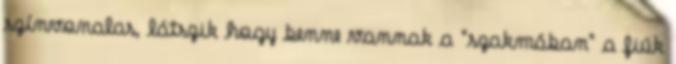
színvonalas, látszik hogy benne vannak a "szakmában" a fiúk